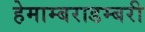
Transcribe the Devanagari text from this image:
हेमाम्बराडम्बरी